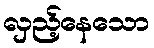
လှည့်နေသော